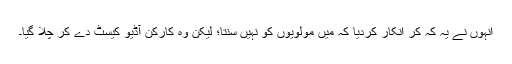
انہوں نے یہ کہ کر انکار کردیا کہ میں مولویوں کو نہیں سنتا؛ لیکن وہ کارکن آڈیو کیسٹ دے کر چلا گیا۔